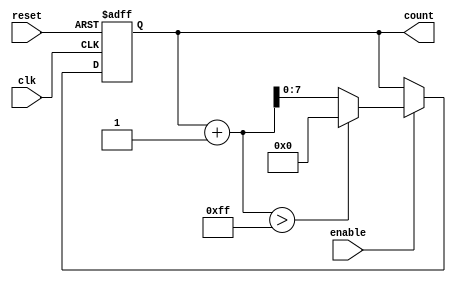
module parameterized_counter #(
    parameter MIN_VALUE = 0,
    parameter MAX_VALUE = 255,
    parameter STEP_SIZE = 1
)(
    input wire clk,
    input wire reset,
    input wire enable,
    output reg [7:0] count // Assuming an 8-bit counter for this example
);

    // Ensure that parameters are logically consistent
    initial begin
        if (MIN_VALUE >= MAX_VALUE) begin
            $error("MIN_VALUE must be less than MAX_VALUE");
        end
        if (STEP_SIZE <= 0) begin
            $error("STEP_SIZE must be greater than 0");
        end
    end

    // Counter logic
    always @(posedge clk or posedge reset) begin
        if (reset) begin
            count <= MIN_VALUE;
        end else if (enable) begin
            if (count + STEP_SIZE > MAX_VALUE) begin
                count <= MIN_VALUE; // Wrap around to MIN_VALUE
            end else begin
                count <= count + STEP_SIZE; // Increment by STEP_SIZE
            end
        end
    end

endmodule